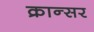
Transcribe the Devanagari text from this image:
क्रान्सर